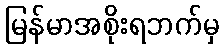
မြန်မာအစိုးရဘက်မှ